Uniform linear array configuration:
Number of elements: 48
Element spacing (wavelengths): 0.75
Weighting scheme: binomial
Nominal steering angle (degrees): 60
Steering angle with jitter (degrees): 59.732
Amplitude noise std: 0.05
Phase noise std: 0.05

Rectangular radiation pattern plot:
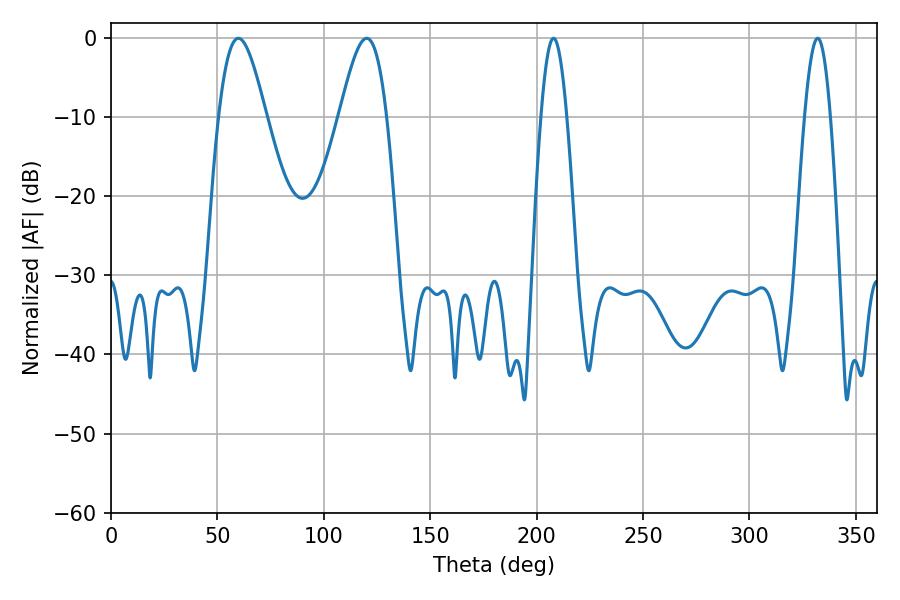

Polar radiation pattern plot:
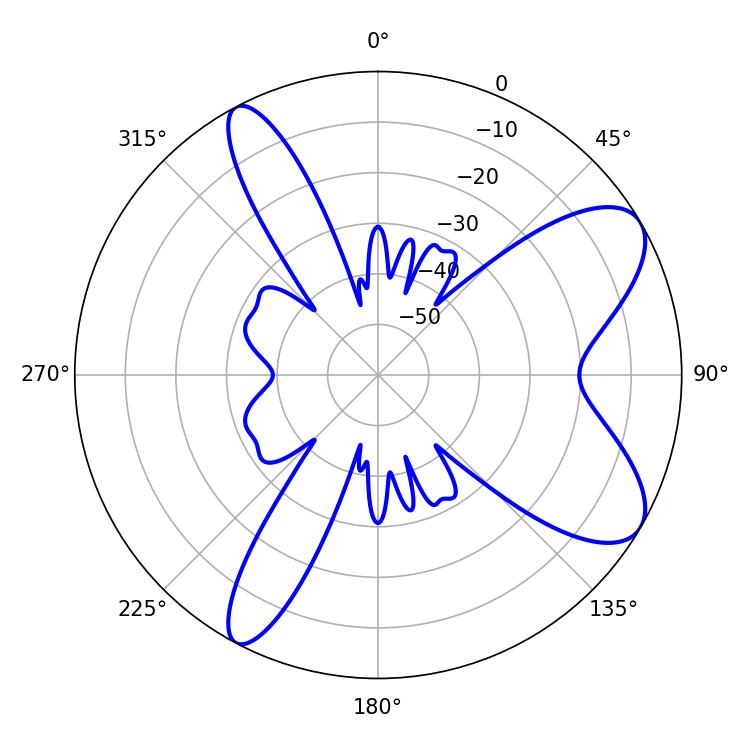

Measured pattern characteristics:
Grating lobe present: TRUE
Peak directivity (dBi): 8.441
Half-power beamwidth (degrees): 6.66
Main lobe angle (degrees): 207.9